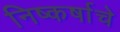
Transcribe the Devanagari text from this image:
निष्कर्षाचे